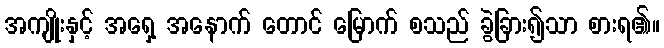
အကျိုးနှင့် အရှေ့ အနောက် တောင် မြောက် စသည် ခွဲခြား၍သာ စားရ၏။